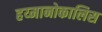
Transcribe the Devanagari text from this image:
हय्मानोकालिस